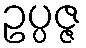
ဥပ္ပဇ္ဇ